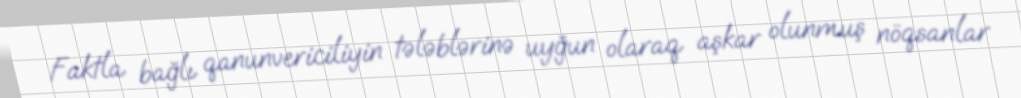
Faktla bağlı qanunvericiliyin tələblərinə uyğun olaraq aşkar olunmuş nöqsanlar